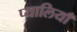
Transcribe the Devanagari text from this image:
प्यालियाँ